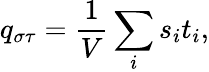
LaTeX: q_{\sigma\tau}=\frac{1}{V}\sum_{i}s_{i}t_{i},